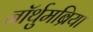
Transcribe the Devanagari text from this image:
नॉर्थुमब्रिया